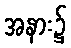
အနား၌